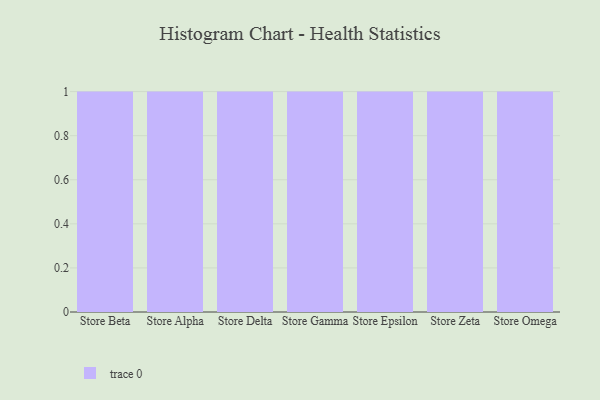
{"axis": {"x": "Store", "y": "Customer Acquisition Cost (USD)"}, "legend": [""], "data": [{"x": "Store Beta", "y": 32, "type": ""}, {"x": "Store Alpha", "y": 35, "type": ""}, {"x": "Store Delta", "y": 32, "type": ""}, {"x": "Store Gamma", "y": 16, "type": ""}, {"x": "Store Epsilon", "y": 50, "type": ""}, {"x": "Store Zeta", "y": 97, "type": ""}, {"x": "Store Omega", "y": 6, "type": ""}]}